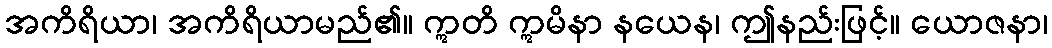
အကိရိယာ၊ အကိရိယာမည်၏။ ဣတိ ဣမိနာ နယေန၊ ဤနည်းဖြင့်။ ယောဇနာ၊